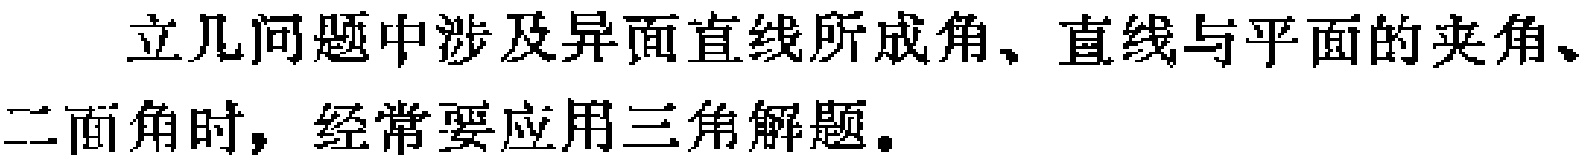
立几问题中涉及异面直线所成角、直线与平面的夹角、二面角时，经常要应用三角解题。